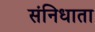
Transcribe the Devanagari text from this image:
संनिधाता